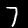
Digit: 7